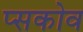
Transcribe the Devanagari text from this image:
प्सकोव